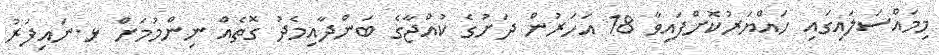
މިމައްސަލައިގައި ހައްޔަރުކޮށްފައިވާ 18 އަހަރުން ދަށުގެ ކުއްޖާގެ ބަންދާއިމެދު ގޮތެއް ނިންމުމަށް ޅ.ނައިފަރު